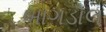
બાગડોલ